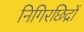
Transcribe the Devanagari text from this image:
निगिरछिद्रों